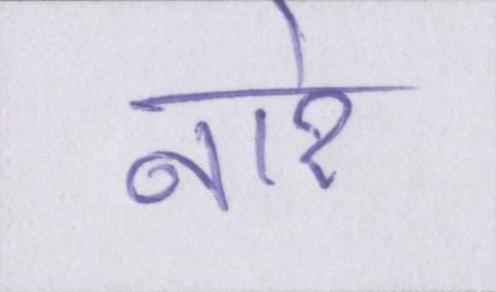
नारे